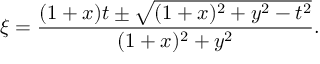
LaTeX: \xi = \frac { ( 1 + x ) t \pm \sqrt { ( 1 + x ) ^ { 2 } + y ^ { 2 } - t ^ { 2 } } } { ( 1 + x ) ^ { 2 } + y ^ { 2 } } .